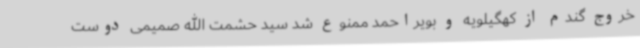
خروج گندم از کهگیلویه و بویراحمد ممنوع شد سید حشمت الله صمیمی دوست